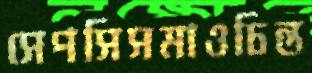
সেপসিসমাওচিন্ত